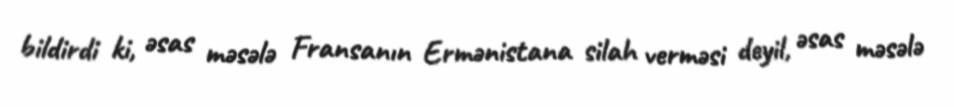
bildirdi ki, əsas məsələ Fransanın Ermənistana silah verməsi deyil, əsas məsələ